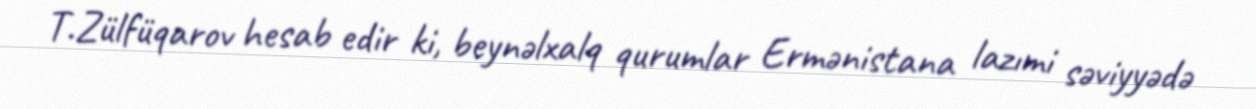
T.Zülfüqarov hesab edir ki, beynəlxalq qurumlar Ermənistana lazımi səviyyədə